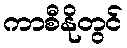
ကာစီနိုတွင်